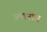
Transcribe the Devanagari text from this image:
जपानीज